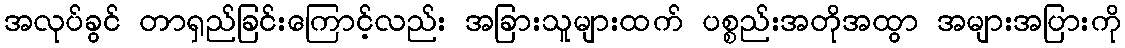
အလုပ်ခွင် တာရှည်ခြင်းကြောင့်လည်း အခြားသူများထက် ပစ္စည်းအတိုအထွာ အများအပြားကို